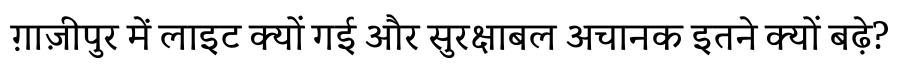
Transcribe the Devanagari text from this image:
ग़ाज़ीपुर में लाइट क्यों गई और सुरक्षाबल अचानक इतने क्यों बढ़े?